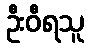
ဦးဝီရသူ